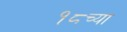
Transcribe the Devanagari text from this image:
१८च्या